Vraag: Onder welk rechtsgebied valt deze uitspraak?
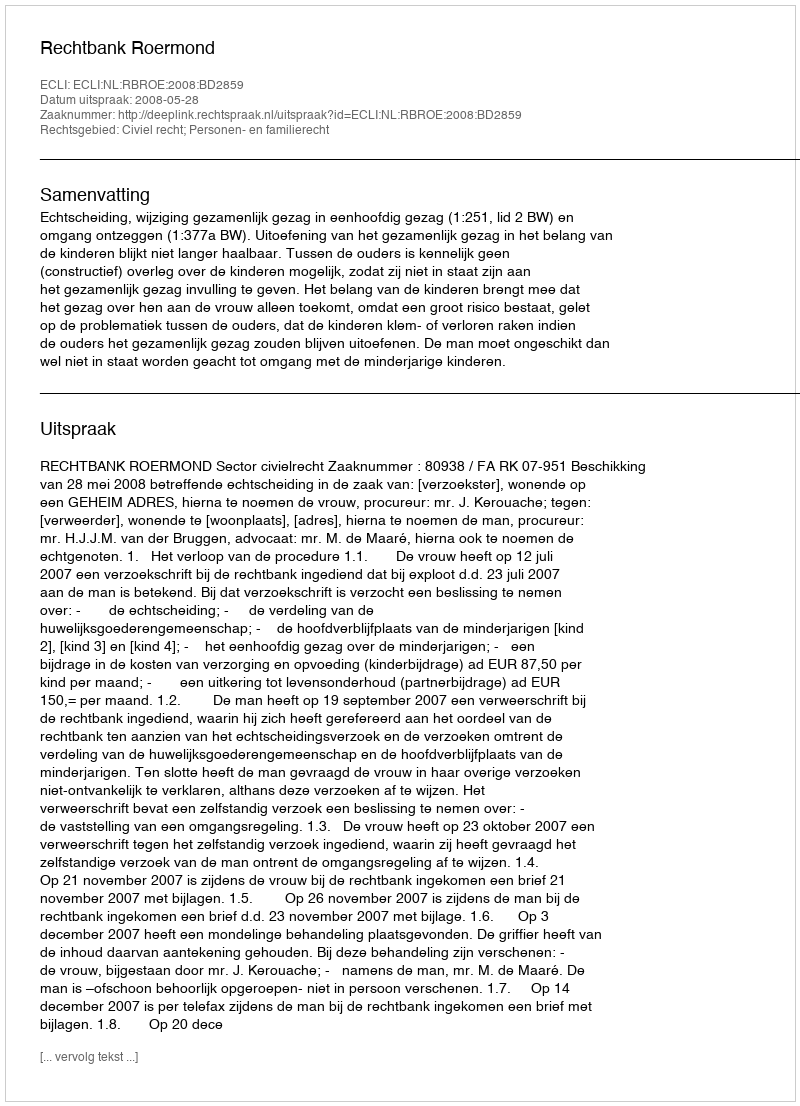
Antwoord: Civiel recht; Personen- en familierecht